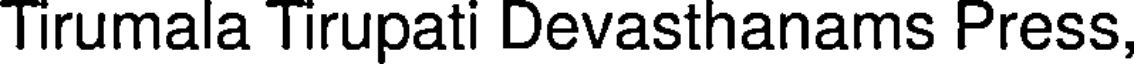
Tirumala Tirupati Devasthanams Press,